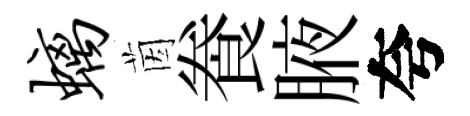
螭茵飬腋夸